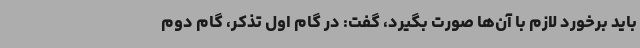
باید برخورد لازم با آن‌ها صورت بگیرد، گفت: در گام اول تذکر، گام دوم